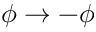
\phi \rightarrow - \phi